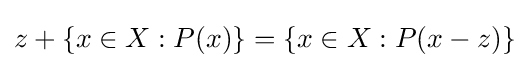
z+\{x\in X:P(x)\}=\{x\in X:P(x-z)\}